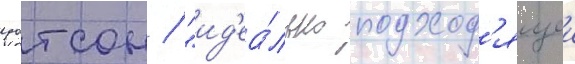
уотсон / "ид'еа́льно подход'ящеи